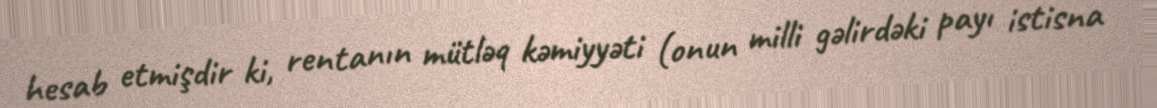
hesab etmişdir ki, rentanın mütləq kəmiyyəti (onun milli gəlirdəki payı istisna